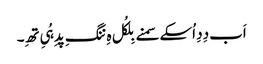
اَب دِدِ اُسکے سمنے بِلکُل ہِ ننگِ پدِ ہُیِ تھِ۔